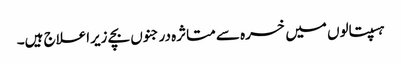
ہسپتالوں میں خسرہ سے متاثرہ درجنوں بچے زیراعلاج ہیں۔